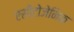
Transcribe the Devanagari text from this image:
एसीटोजेनिक